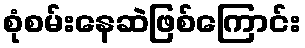
စုံစမ်းနေဆဲဖြစ်ကြောင်း